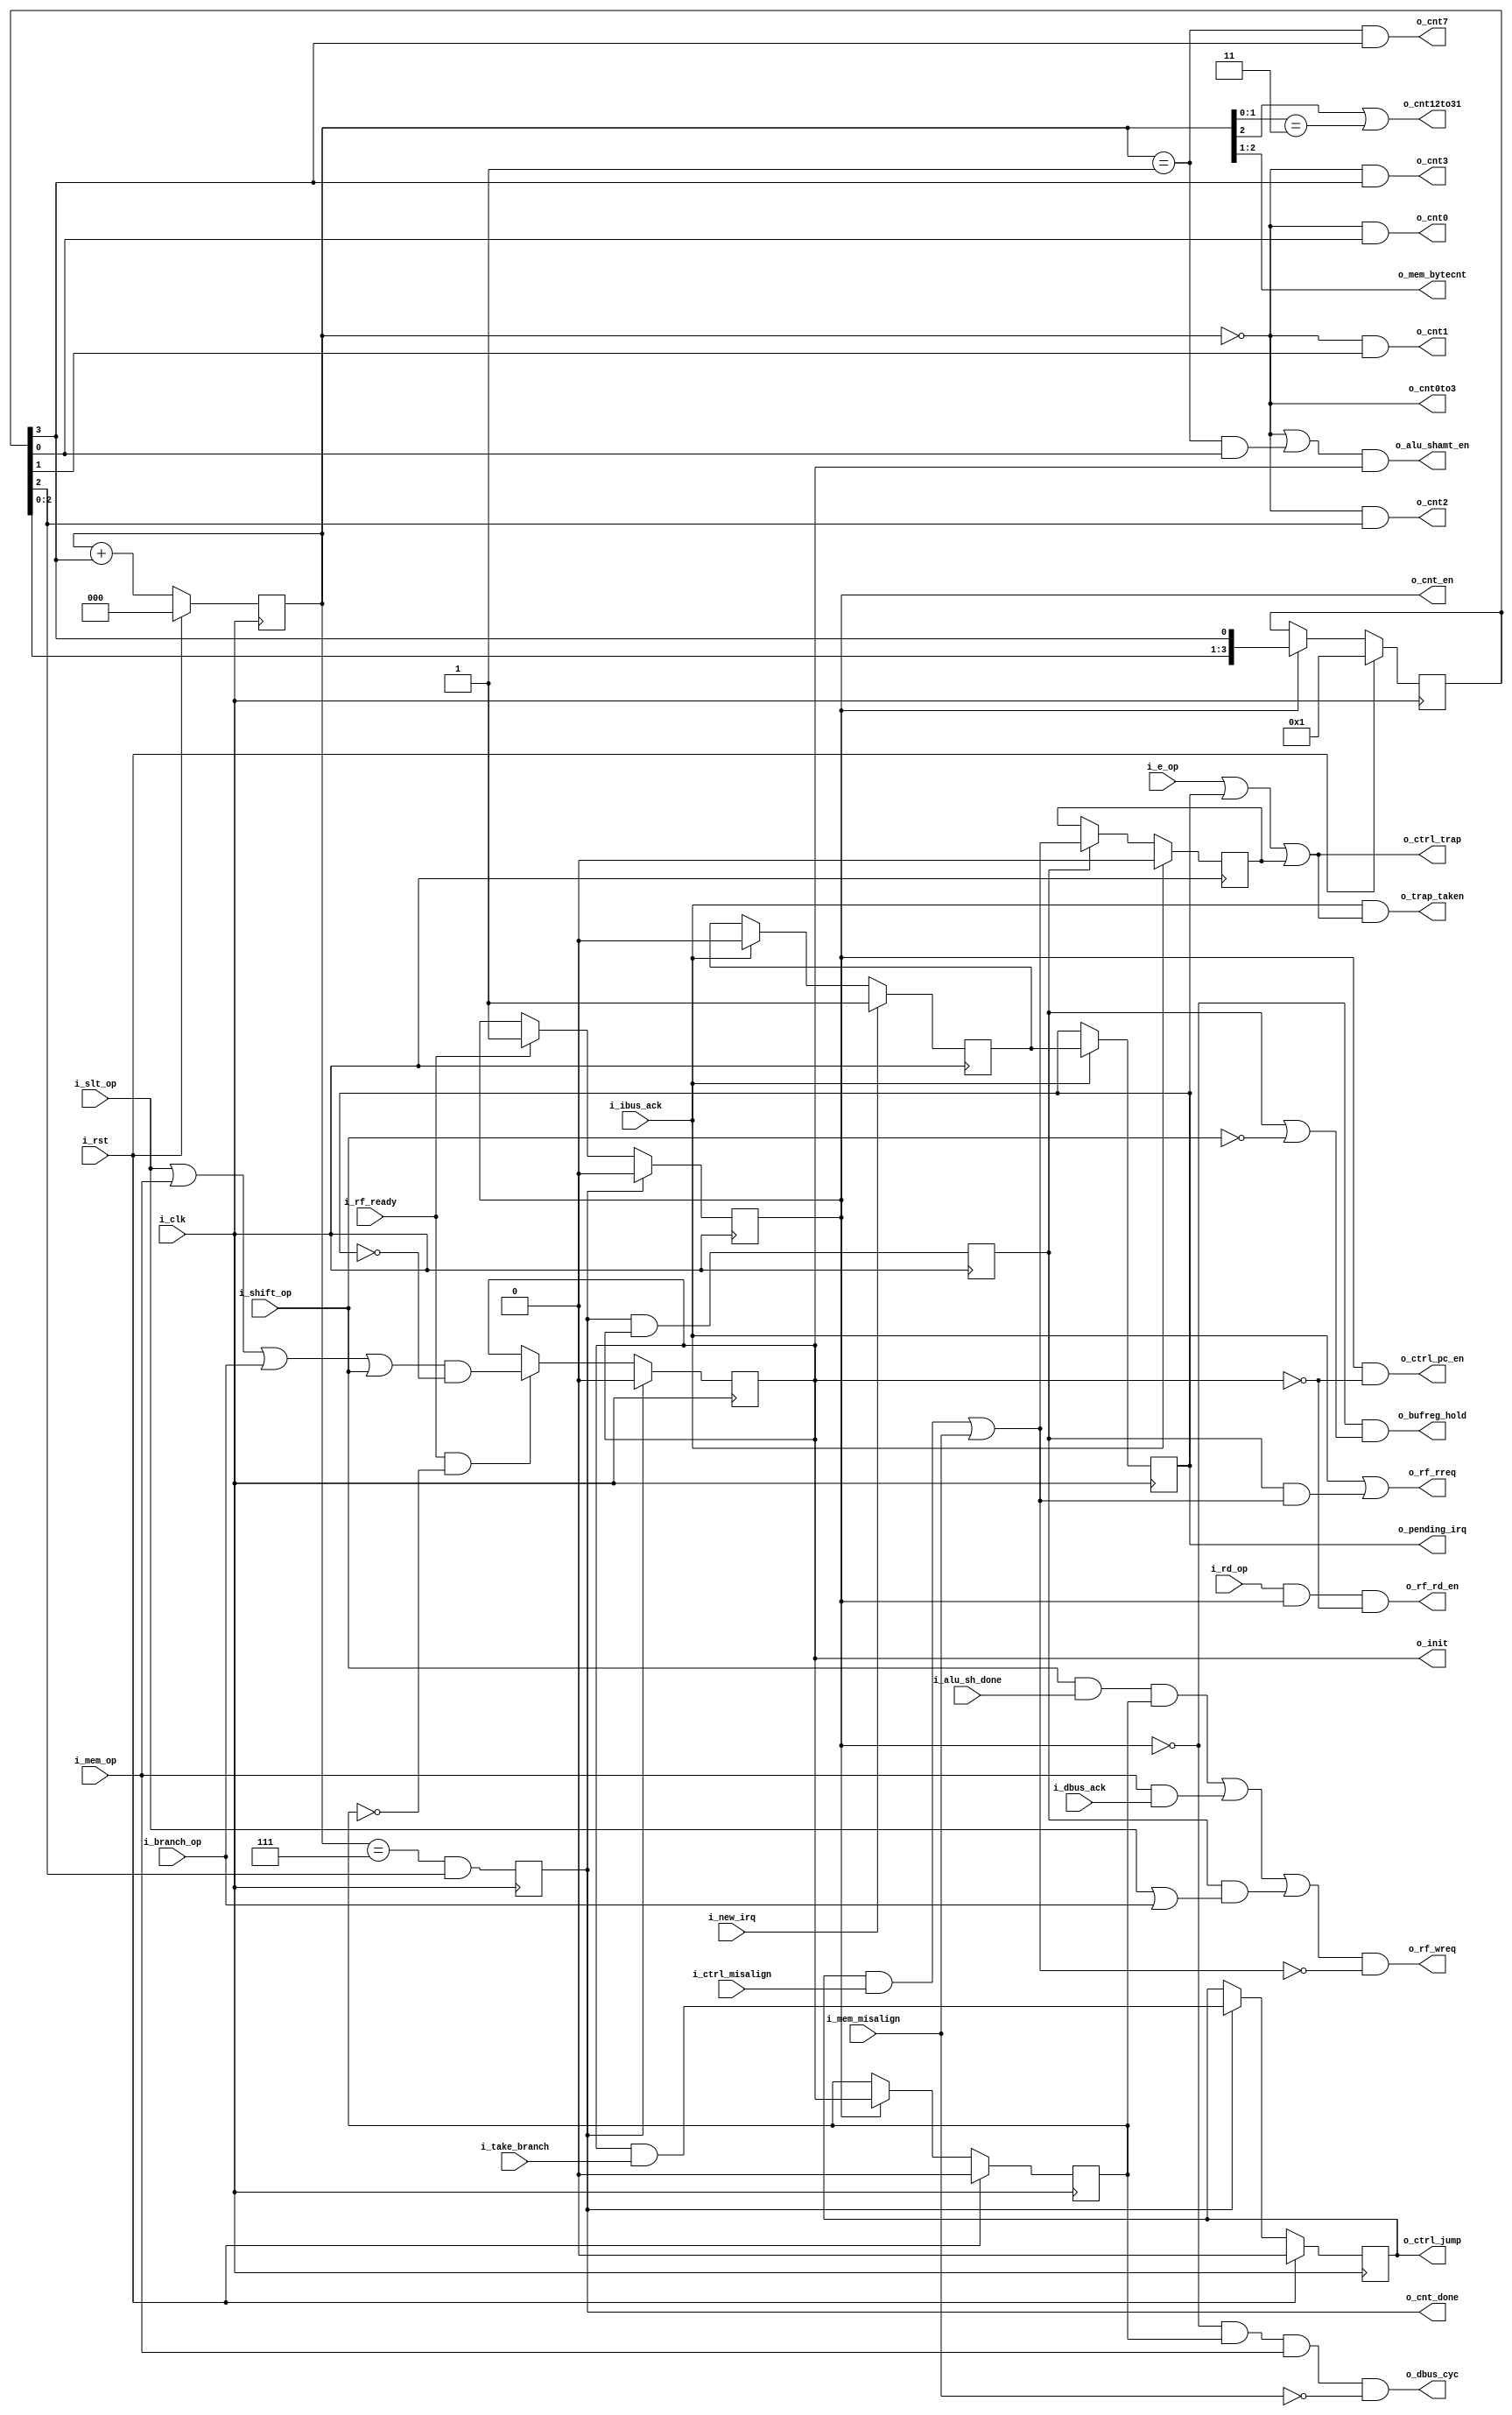
module serv_state
  (
   input wire 	     i_clk,
   input wire 	     i_rst,
   input wire 	     i_new_irq,
   output wire 	     o_trap_taken,
   output reg 	     o_pending_irq,
   input wire 	     i_dbus_ack,
   input wire 	     i_ibus_ack,
   output wire 	     o_rf_rreq,
   output wire 	     o_rf_wreq,
   input wire 	     i_rf_ready,
   output wire 	     o_rf_rd_en,
   input wire 	     i_take_branch,
   input wire 	     i_branch_op,
   input wire 	     i_mem_op,
   input wire 	     i_shift_op,
   input wire 	     i_slt_op,
   input wire 	     i_e_op,
   input wire 	     i_rd_op,
   output reg 	     o_init,
   output reg 	     o_cnt_en,
   output wire 	     o_cnt0,
   output wire 	     o_cnt0to3,
   output wire 	     o_cnt12to31,
   output wire 	     o_cnt1,
   output wire 	     o_cnt2,
   output wire 	     o_cnt3,
   output wire 	     o_cnt7,
   output wire 	     o_ctrl_pc_en,
   output reg 	     o_ctrl_jump,
   output wire 	     o_ctrl_trap,
   input wire 	     i_ctrl_misalign,
   output wire 	     o_alu_shamt_en,
   input wire 	     i_alu_sh_done,
   output wire 	     o_dbus_cyc,
   output wire [1:0] o_mem_bytecnt,
   input wire 	     i_mem_misalign,
   output reg 	     o_cnt_done,
   output wire 	     o_bufreg_hold);

   parameter WITH_CSR = 1;

   wire 	     cnt4;

   reg 	stage_two_req;

   reg [4:2] o_cnt;
   reg [3:0] o_cnt_r;

   //Update PC in RUN or TRAP states
   assign o_ctrl_pc_en  = o_cnt_en & !o_init;


   assign o_mem_bytecnt = o_cnt[4:3];

   assign o_cnt0to3   = (o_cnt[4:2] == 3'd0);
   assign o_cnt12to31 = (o_cnt[4] | (o_cnt[3:2] == 2'b11));
   assign o_cnt0 = (o_cnt[4:2] == 3'd0) & o_cnt_r[0];
   assign o_cnt1 = (o_cnt[4:2] == 3'd0) & o_cnt_r[1];
   assign o_cnt2 = (o_cnt[4:2] == 3'd0) & o_cnt_r[2];
   assign o_cnt3 = (o_cnt[4:2] == 3'd0) & o_cnt_r[3];
   assign cnt4   = (o_cnt[4:2] == 3'd1) & o_cnt_r[0];
   assign o_cnt7 = (o_cnt[4:2] == 3'd1) & o_cnt_r[3];
   
   assign o_alu_shamt_en = (o_cnt0to3 | cnt4) & o_init;


   //slt*, branch/jump, shift, load/store
   wire two_stage_op = i_slt_op | i_mem_op | i_branch_op | i_shift_op;

   reg 	stage_two_pending;

   assign o_dbus_cyc = !o_cnt_en & stage_two_pending & i_mem_op & !i_mem_misalign;

   wire trap_pending = WITH_CSR & ((o_ctrl_jump & i_ctrl_misalign) | i_mem_misalign);

   //Prepare RF for reads when a new instruction is fetched
   // or when stage one caused an exception (rreq implies a write request too)
   assign o_rf_rreq = i_ibus_ack | (stage_two_req & trap_pending);

   //Prepare RF for writes when everything is ready to enter stage two
   assign o_rf_wreq = ((i_shift_op & i_alu_sh_done & stage_two_pending) | (i_mem_op & i_dbus_ack) | (stage_two_req & (i_slt_op | i_branch_op))) & !trap_pending;

   assign o_rf_rd_en = i_rd_op & o_cnt_en & !o_init;

   //Shift operations require bufreg to hold for one cycle between INIT and RUN before shifting
   assign o_bufreg_hold = !o_cnt_en & (stage_two_req | ~i_shift_op);

   always @(posedge i_clk) begin
      if (o_cnt_done)
	o_ctrl_jump <= o_init & i_take_branch;

      if (o_cnt_en)
	stage_two_pending <= o_init;

      o_cnt_done <= (o_cnt[4:2] == 3'b111) & o_cnt_r[2];

      //Need a strobe for the first cycle in the IDLE state after INIT
      stage_two_req <= o_cnt_done & o_init;

      if (i_rf_ready & !stage_two_pending)
	o_init <= two_stage_op & !o_pending_irq;

      if (o_cnt_done)
	o_init <= 1'b0;

      if (i_rf_ready)
	o_cnt_en <= 1'b1;

      if (o_cnt_done)
        o_cnt_en <= 1'b0;

      o_cnt <= o_cnt + {2'd0,o_cnt_r[3]};
      if (o_cnt_en)
	o_cnt_r <= {o_cnt_r[2:0],o_cnt_r[3]};

      if (i_rst) begin
	 o_cnt   <= 3'd0;
	 stage_two_pending <= 1'b0;
	 o_ctrl_jump <= 1'b0;
	 o_cnt_r <= 4'b0001;
      end
   end

   generate
      if (WITH_CSR) begin
   reg 	irq_sync;
   reg 	misalign_trap_sync;

   assign o_ctrl_trap = i_e_op | o_pending_irq | misalign_trap_sync;
   assign o_trap_taken = i_ibus_ack & o_ctrl_trap;

   always @(posedge i_clk) begin
      if (i_ibus_ack)
	irq_sync <= 1'b0;
      if (i_new_irq)
	irq_sync <= 1'b1;

      if (i_ibus_ack)
	o_pending_irq <= irq_sync;

      if (stage_two_req)
	misalign_trap_sync <= trap_pending;
      if (i_ibus_ack)
	misalign_trap_sync <= 1'b0;
   end // always @ (posedge i_clk)
      end else begin
	 always @(*)
	   o_pending_irq = 1'b0;
      end
   endgenerate
endmodule